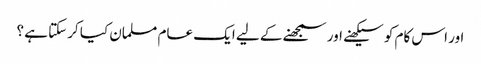
اور اس کام کو سیکھنے اور سمجھنے کے لیے ایک عام مسلمان کیا کرسکتا ہے ؟